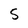
Character: 5